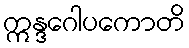
ဣန္ဒဂေါပကောတိ